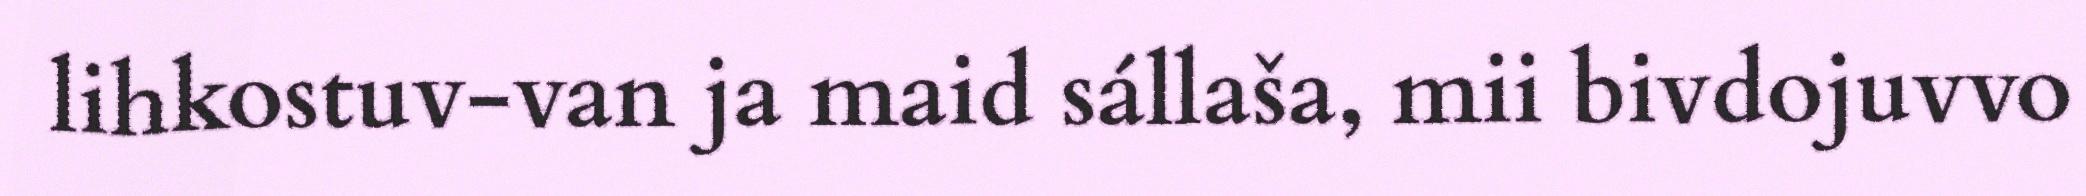
lihkostuv-van ja maid sállaša, mii bivdojuvvo